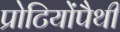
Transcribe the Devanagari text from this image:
प्रोटियोंपैथी